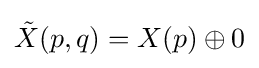
{\tilde {X}}(p,q)=X(p)\oplus 0